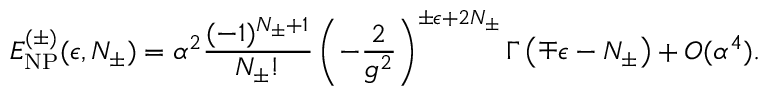
E _ { \mathrm { N P } } ^ { ( \pm ) } ( \epsilon , N _ { \pm } ) = \alpha ^ { 2 } \frac { ( - 1 ) ^ { N _ { \pm } + 1 } } { N _ { \pm } ! } \left( - \frac { 2 } { g ^ { 2 } } \right) ^ { \pm \epsilon + 2 N _ { \pm } } \Gamma \left( \mp \epsilon - N _ { \pm } \right) + O ( \alpha ^ { 4 } ) .